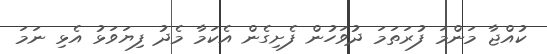
ކުއްޖާ މަންމަ ފުރަތަމަ ދުވަހުން ފެށިގެން އެކަމާ މެދު ފިޔަވަޅު އެޅި ނަމަ